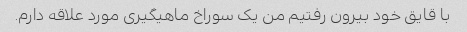
با قایق خود بیرون رفتیم من یک سوراخ ماهیگیری مورد علاقه دارم.